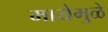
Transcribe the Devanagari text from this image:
मायेमुळे